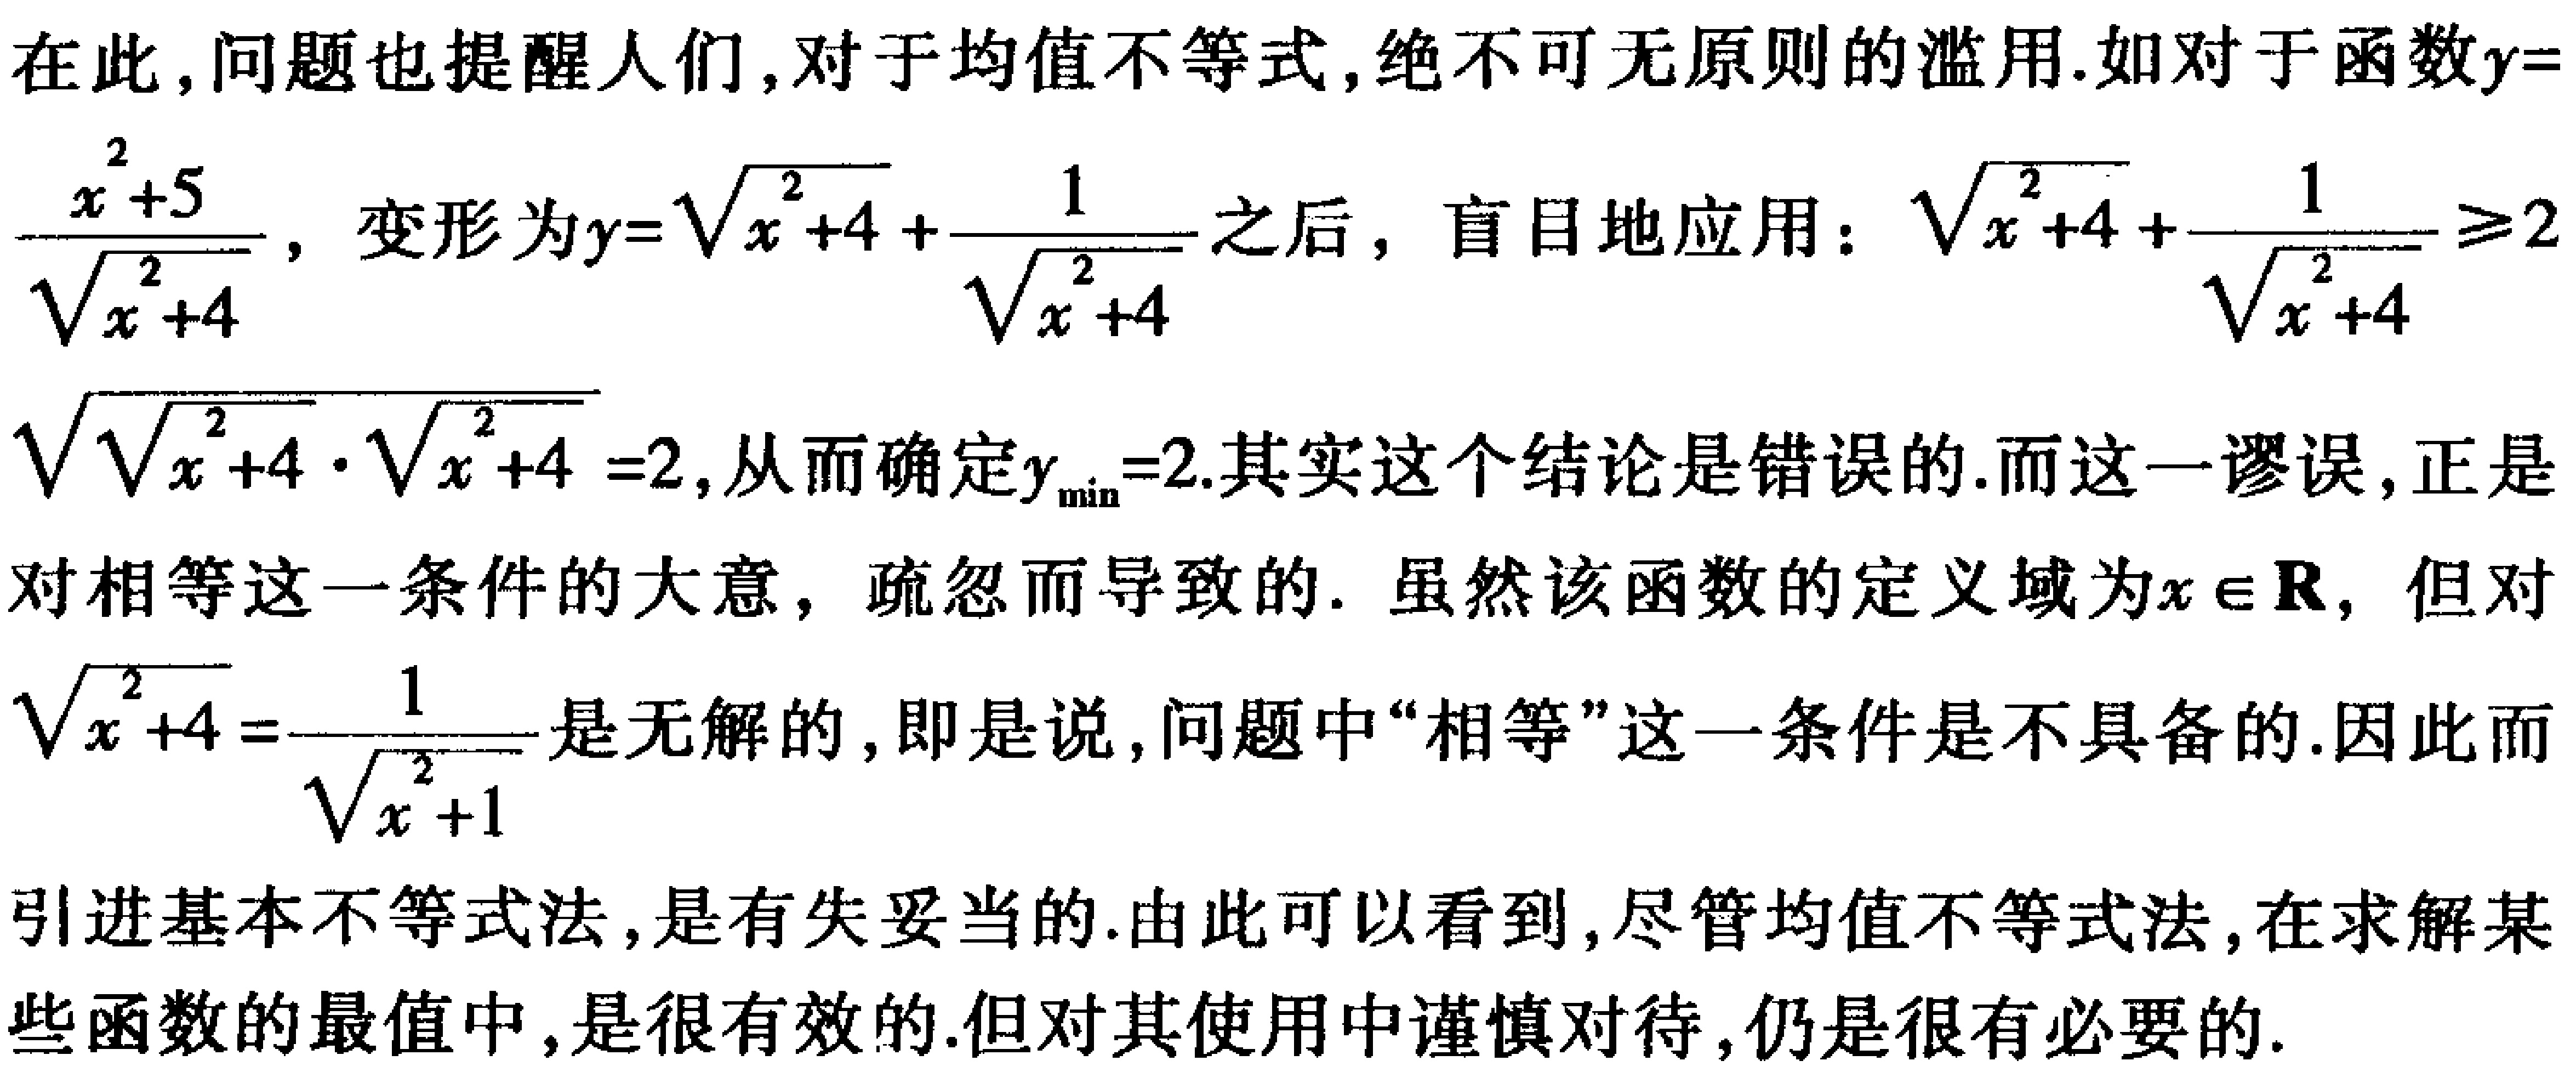
在此，问题也提醒人们，对于均值不等式，绝不可无原则的滥用.如对于函数\(y = \frac{x^{2}+5}{\sqrt{x^{2}+4}}\)，变形为\(y=\sqrt{x^{2}+4}+\frac{1}{\sqrt{x^{2}+4}}\)之后，盲目地应用：\(\sqrt{x^{2}+4}+\frac{1}{\sqrt{x^{2}+4}}\geqslant2\sqrt{\sqrt{x^{2}+4}\cdot\sqrt{x^{2}+4}} = 2\)，从而确定\(y_{\min}=2\).其实这个结论是错误的.而这一谬误，正是对相等这一条件的大意，疏忽而导致的. 虽然该函数的定义域为\(x\in\mathbf{R}\)，但对\(\sqrt{x^{2}+4}=\frac{1}{\sqrt{x^{2}+1}}\)是无解的，即是说，问题中“相等”这一条件是不具备的.因此而引进基本不等式法，是有失妥当的.由此可以看到，尽管均值不等式法，在求解某些函数的最值中，是很有效的.但对其使用中谨慎对待，仍是很有必要的.